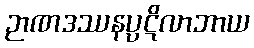
ဉာဏဒဿနပ္ပဋိလာဘာယ